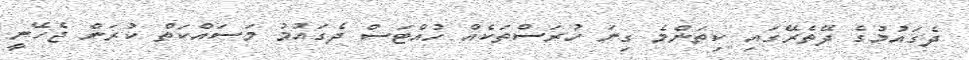
ދެގައުމުގެ ދޭތެރޭގައި ކިތަންމެ ގިނަ ހުރަސްތަކެއް ހުއްޓަސް ދެގައުމު މަސައްކަތް ކުރަން ޖެހޭނީ